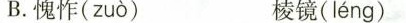
B.愧怍( zuò ) 棱镜( léng )